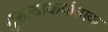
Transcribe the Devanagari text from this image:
गुरुत्वाकर्षात्मक